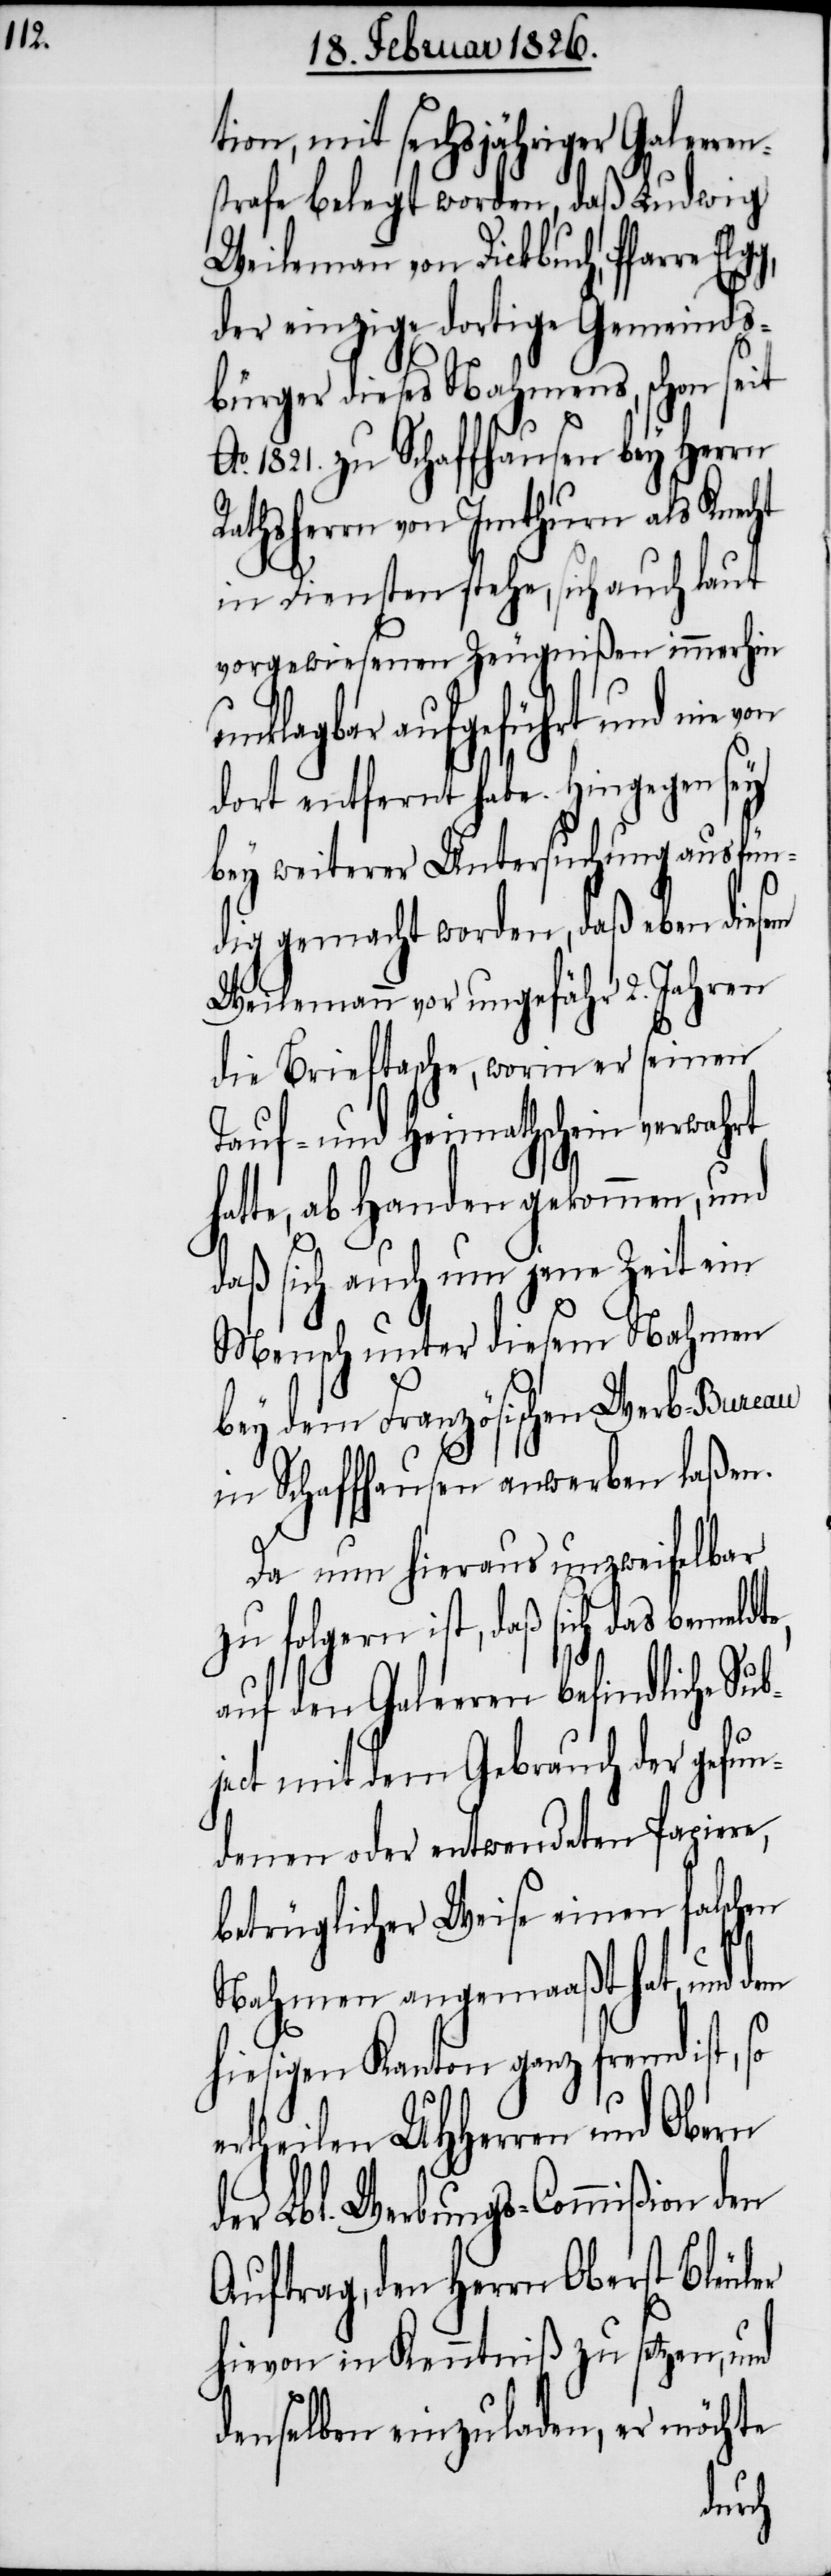
tion, mit sechsjähriger Galeeren¬
strafe belegt worden, daß Ludwig
Weilemann von Dickbuch, Pfarre
der einzige dortige Gemeinds¬
bürger dieses Nahmens, schon seit
o. 1812. zu Schaffhausen bey Herrn
Rath¬
sherrn von Imthurn
laut
in Diensten stehe, sich
vorgewiesenen Zeugnißen immerhin
unklagbar aufgeführt und nie von
dort entfernt habe. Hingegen sey
bey weiterer Untersuchung ausfün¬
dig gemacht worden, daß eben diesem
Weilemann vor ungefähr 2. Jahren
die Brieftasche, worin er seinen
Tauf- und Heimathschein verwahrt
hatte, ab Handen gekommen, und
b¬
daß sich auch um jene Zeit ein
Mensch unter diesem Nahmen
bey dem Französischen Werb-Bureau
in Schaffhausen anwerben laßen.
Da nun hieraus unzweifelbar
zu folgern ist, daß sich das bemeldt¬
auf den Galeeren befindliche Su¬
ject mit dem Gebrauch der gefun¬
denen oder entwendeten Papiere,
betrüglicher Weise jenen falschen
Nahmen angemaaßt hat, und dem
hiesigen Kanton ganz fremd ist,
ertheilen UHHerren und Obern
der Lbl. Werbungs-Commißion den
Auftrag, den Herrn Oberst Bleuler
hievon in Kenntniß zu setzen, und
denselben einzuladen, er möchte